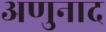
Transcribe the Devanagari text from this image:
अणुनाद